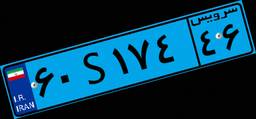
۳۵S۴۸۴۵۱